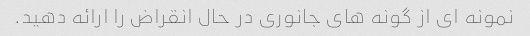
نمونه ای از گونه های جانوری در حال انقراض را ارائه دهید.